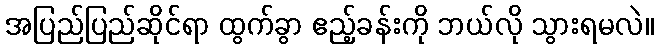
အပြည်ပြည်ဆိုင်ရာ ထွက်ခွာ ဧည့်ခန်းကို ဘယ်လို သွားရမလဲ။